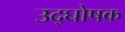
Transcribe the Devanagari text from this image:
उद्‍घोषक